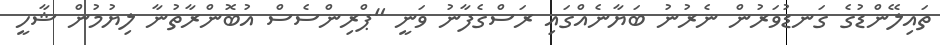
ތައިލޭންޑުގެ ގަނޑުވަރުން ނެރުނު ބަޔާނެއްގައި ރަސްގެފާނު ވަނީ "ޕްރިންސެސް އުބޮންރާތުނާ ލިޔުމުން ޝާހީ